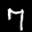
Label: 7